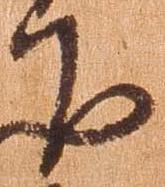
下